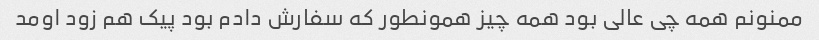
ممنونم همه چی عالی بود همه چیز همونطور که سفارش دادم بود پیک هم زود اومد